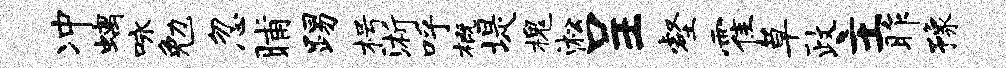
冲螭咏勉忽晡踢枵浙呼概堤槐淞呈壑霍草政主昨豫